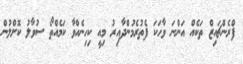
ފްރެންޗައިޒް ތަކެއް އަންނަ ވާހަކަ ފެތުރެމުންދާއިރު މިއީ ކިހިނެއްވާ ކަމެއްތޯ ސުވާލު ކޮށްލުން